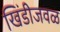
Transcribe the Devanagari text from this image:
खिंडीजवळ